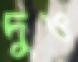
দুও